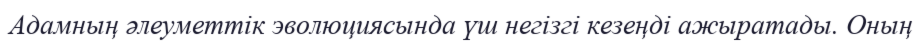
Адамның әлеуметтік эволюциясында үш негізгі кезеңді ажыратады. Оның